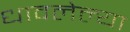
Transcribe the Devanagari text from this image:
धावलेल्या